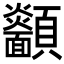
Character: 𩖋